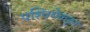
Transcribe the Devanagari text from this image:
पश्‍चिमेकडून